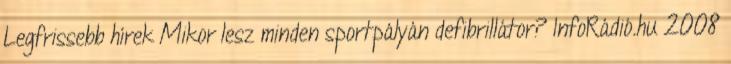
Legfrissebb hírek Mikor lesz minden sportpályán defibrillátor? InfoRádió.hu 2008